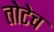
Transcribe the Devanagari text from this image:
तोटेच